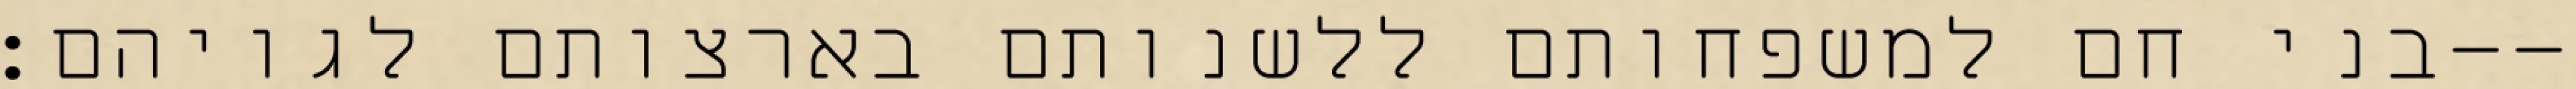
בני חם למשפחותם ללשנותם בארצותם לגויהם׃--